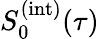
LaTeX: S_{0}^{(\mathrm{int})}(\tau)